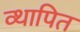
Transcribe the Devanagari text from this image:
व्थापित